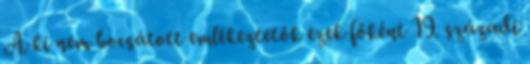
A ki nem bocsátott emlékeztetők ezek főként 19. századi